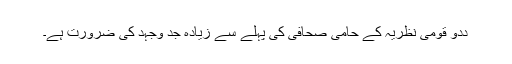
ددو قومی نظریہ کے حامی صحافی کی پہلے سے زیادہ جد وجہد کی ضرورت ہے۔